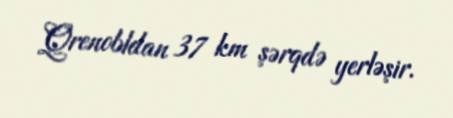
Qrenobldan 37 km şərqdə yerləşir.